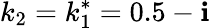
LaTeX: k_{2}=k_{1}^{*}=0.5-\mathbf{i}